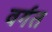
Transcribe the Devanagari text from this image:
वर्गत